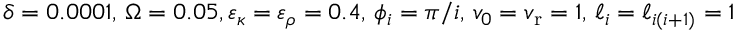
\delta = 0 . 0 0 0 1 , \, \Omega = 0 . 0 5 , \varepsilon _ { \kappa } = \varepsilon _ { \rho } = 0 . 4 , \, \phi _ { i } = \pi / i , \, v _ { 0 } = v _ { \mathrm { r } } = 1 , \, \ell _ { i } = \ell _ { i ( i + 1 ) } = 1